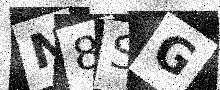
Text: N8SG